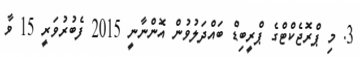
3. މި ޕްރޮޖެކްޓްގެ ޕްރީބިޑް ބައްދަލުވުން އޮންނާނީ 2015 ފެބުރުވަރީ 15 ވާ